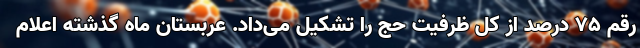
رقم 75 درصد از کل ظرفیت حج را تشکیل می‌داد. عربستان ماه گذشته اعلام